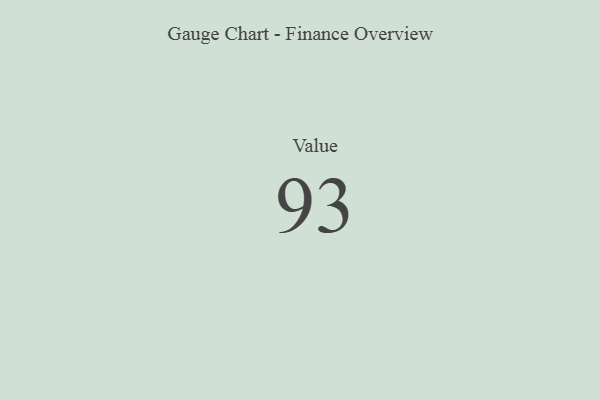
{"axis": {"x": "Metric", "y": "Value"}, "legend": [""], "data": [{"x": "Value", "y": 93, "type": ""}]}